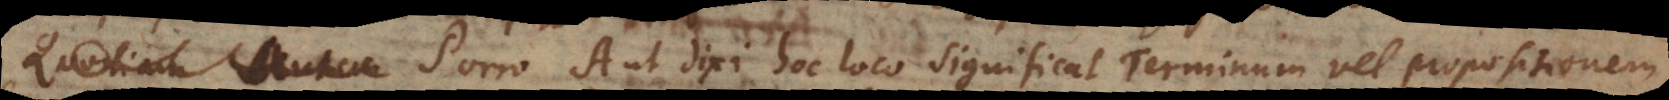
. Porro A ut dixi hoc loco significat Terminum vel propositionem,